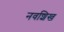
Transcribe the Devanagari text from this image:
नवशिख